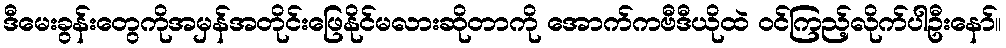
ဒီမေးခွန်းတွေကိုအမှန်အတိုင်းဖြေနိုင်မလားဆိုတာကို အောက်ကဗီဒီယိုထဲ ဝင်ကြည့်လိုက်ပါဦးနော်။